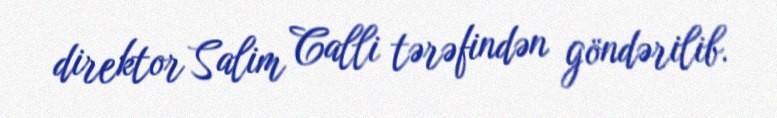
direktor Salim Calli tərəfindən göndərilib.